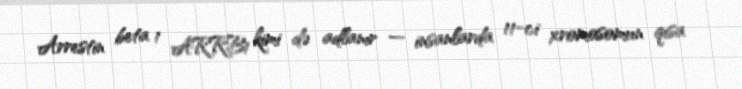
Arrestin beta 1 ARRB1 kimi də adlanır — insanlarda 11-ci xromosomun qısa